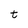
Character: t